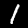
Label: 1